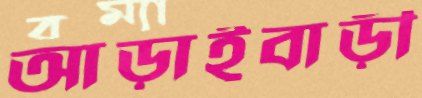
আড়াইবাড়ী